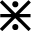
\divideontimes